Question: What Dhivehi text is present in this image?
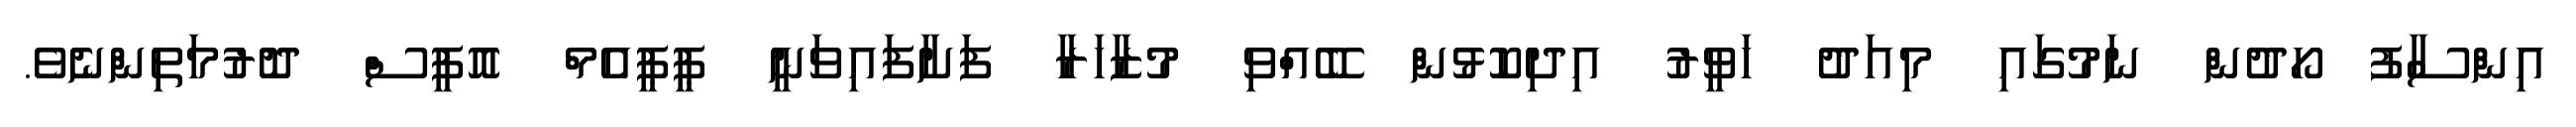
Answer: އިންސާފު ހޯދުން ނަމުގައި މިއަދު ހަވީރު އިދިކޮޅުން ބޭއްވި މުޒާހަރާ ފަށާފައިވަނީ ޕީޕީއެމް އޮފީސް ދޮރުމަތިންނެވެ.